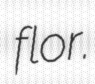
flor.